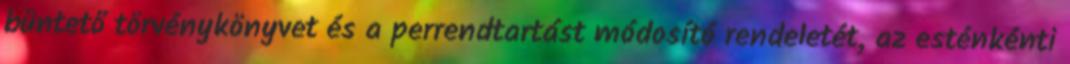
büntető törvénykönyvet és a perrendtartást módosító rendeletét, az esténkénti